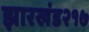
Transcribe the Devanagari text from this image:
झारखंड२१७